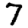
Digit: 7